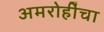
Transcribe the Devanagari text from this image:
अमरोहींचा